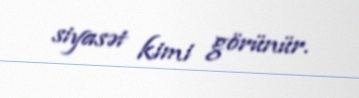
siyasət kimi görünür.